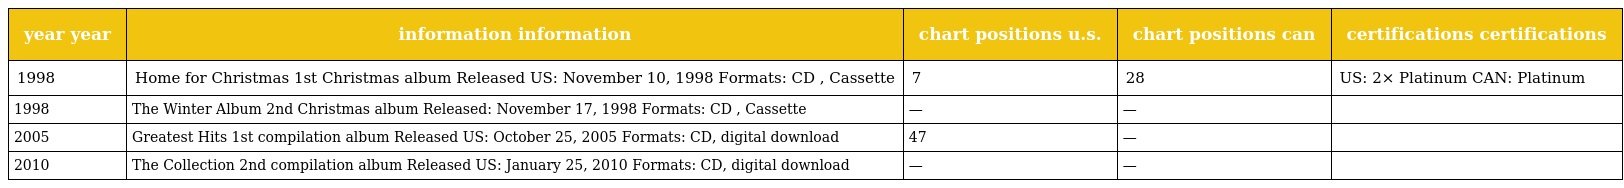
| year year | information information | chart positions u.s. | chart positions can | certifications certifications |
 | --- | --- | --- | --- | --- |
 | 1998 | Home for Christmas 1st Christmas album Released US: November 10, 1998 Formats: CD , Cassette | 7 | 28 | US: 2× Platinum CAN: Platinum |
 | 1998 | The Winter Album 2nd Christmas album Released: November 17, 1998 Formats: CD , Cassette | — | — |  |
 | 2005 | Greatest Hits 1st compilation album Released US: October 25, 2005 Formats: CD, digital download | 47 | — |  |
 | 2010 | The Collection 2nd compilation album Released US: January 25, 2010 Formats: CD, digital download | — | — |  |